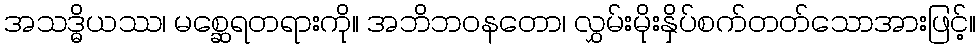
အသဒ္ဓိယဿ၊ မစ္ဆေရတရားကို။ အဘိဘဝနတော၊ လွှမ်းမိုးနှိပ်စက်တတ်သောအားဖြင့်။